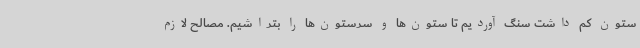
ستون کم داشت سنگ آوردیم تا ستون‌ها و سرستون‌ها را بتراشیم. مصالح لازم